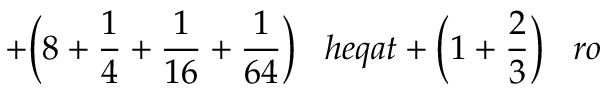
+ { \bigg ( } 8 + { \frac { 1 } { 4 } } + { \frac { 1 } { 1 6 } } + { \frac { 1 } { 6 4 } } { \bigg ) } \; \; \; h e q a t + { \bigg ( } 1 + { \frac { 2 } { 3 } } { \bigg ) } \; \; \; r o